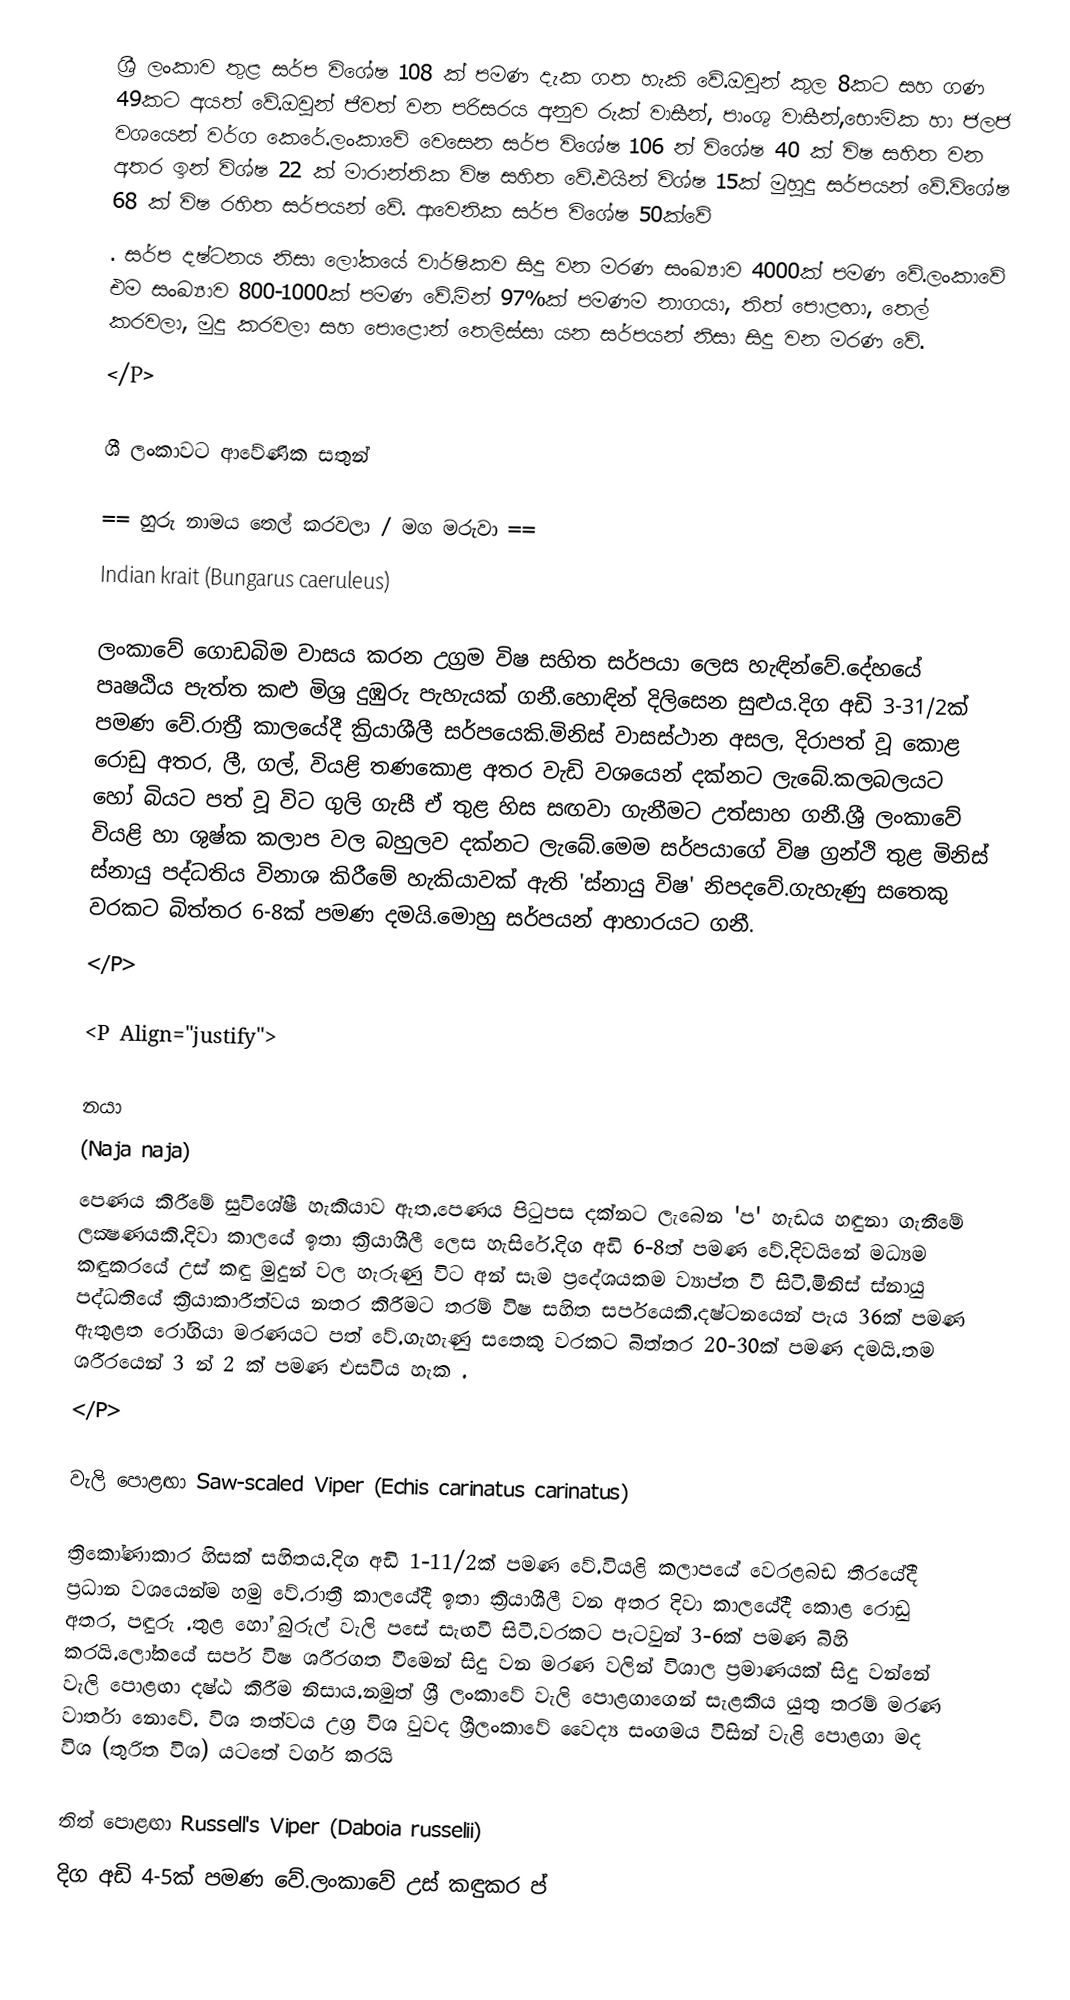
ශ්‍රී ලංකාව තුළ සර්ප විශේෂ 108 ක් පමණ දැක ගත හැකි වේ.ඔවුන් කුල 8කට සහ ගණ 49කට අයත් වේ.ඔවුන් ජීවත් වන පරිසරය අනුව රුක් වාසීන්, පාංශු වාසීන්,භෞමික හා ජලජ වශයෙන් වර්ග කෙරේ.ලංකාවේ වෙසෙන සර්ප විශේෂ 106 න් විශේෂ 40 ක් විෂ සහිත වන අතර ඉන් විශ්ෂ 22 ක් මාරාන්තික විෂ සහිත වේ.එයින් විශ්ෂ 15ක් මුහුදු සර්පයන් වේ.විශේෂ 68 ක් විෂ රහිත සර්පයන් වේ. ආවෙනික සර්ප විශේෂ 50ක්වේ
. සර්ප දෂ්ටනය නිසා ලෝකයේ වාර්ෂිකව සිදු වන මරණ සංඛ්‍යාව 4000ක් පමණ වේ.ලංකාවේ එම සංඛ්‍යාව 800-1000ක් පමණ වේ.මින් 97%ක් පමණම නාගයා, තිත් පොළඟා, තෙල් කරවලා, මුදු කරවලා සහ පොළොන් තෙලිස්සා යන සර්පයන් නිසා සිදු වන මරණ වේ.
</P>

ශී ලංකාවට ආවේණික සතුන්

== හුරු නාමය තෙල් කරවලා / මග මරුවා ==
Indian krait (Bungarus caeruleus)

		ලංකාවේ ගොඩබිම වාසය කරන උග්‍රම විෂ සහිත සර්පයා ලෙස හැඳින්වේ.දේහයේ පෘෂඨිය පැත්ත කළු මිශ්‍ර දුඹුරු පැහැයක් ගනී.හොඳින් දිලිසෙන සුළුය.දිග අඩි 3-31/2ක් පමණ වේ.රාත්‍රී කාලයේදී ක්‍රියාශීලී සර්පයෙකි.මිනිස් වාසස්ථාන අසල, දිරාපත් වූ කොළ රොඩු අතර, ලී, ගල්, වියළි තණකොළ අතර වැඩි වශයෙන් දක්නට ලැබේ.කලබලයට හෝ බියට පත් වූ විට ගුලි ගැසී ඒ තුළ හිස සඟවා ගැනීමට උත්සාහ ගනී.ශ්‍රී ලංකාවේ වියළි හා ශුෂ්ක කලාප වල බහුලව දක්නට ලැබේ.මෙම සර්පයාගේ විෂ ග්‍රන්ථි තුළ මිනිස් ස්නායු පද්ධතිය විනාශ කිරීමේ හැකියාවක් ඇති 'ස්නායු විෂ' නිපදවේ.ගැහැණු සතෙකු වරකට බිත්තර 6-8ක් පමණ දමයි.මොහු සර්පයන් ආහාරයට ගනී.
</P>

<P Align="justify">

නයා
(Naja naja)
පෙණය කිරීමේ සුවිශේෂී හැකියාව ඇත.පෙණය පිටුපස දක්නට ලැබෙන 'ප' හැඩය හඳුනා ගැනීමේ ලක්‍ෂණයකි.දිවා කාලයේ ඉතා ක්‍රියාශීලී ලෙස හැසිරේ.දිග අඩි 6-8ත් පමණ වේ.දිවයිනේ මධ්‍යම කඳුකරයේ උස් කඳු මුදුන් වල හැරුණු විට අන් සෑම ප්‍රදේශයකම ව්‍යාප්ත වී සිටී.මිනිස් ස්නායු පද්ධතියේ ක්‍රියාකාරීත්වය නතර කිරීමට තරම් විෂ සහිත සර්පයෙකි.දෂ්ටනයෙන් පැය 36ක් පමණ ඇතුළත රෝගියා මරණයට පත් වේ.ගැහැණු සතෙකු වරකට බිත්තර 20-30ක් පමණ දමයි.තම ශරීරයෙන් 3 න් 2 ක් පමණ එසවිය හැක .
</P>

 වැලි පොළඟා Saw-scaled Viper (Echis carinatus carinatus)

		ත්‍රිකෝණාකාර හිසක් සහිතය.දිග අඩි 1-11/2ක් පමණ වේ.වියළි කලාපයේ වෙරළබඩ තීරයේදී ප්‍රධාන වශයෙන්ම හමු වේ.රාත්‍රී කාලයේදී ඉතා ක්‍රියාශීලී වන අතර දිවා කාලයේදී කොළ රොඩු අතර, පඳුරු .තුළ හෝ බුරුල් වැලි පසේ සැඟවී සිටී.වරකට පැටවුන් 3-6ක් පමණ බිහි කරයි.ලෝකයේ සර්ප විෂ ශරීරගත වීමෙන් සිදු වන මරණ වලින් විශාල ප්‍රමාණයක් සිදු වන්නේ  වැලි පොළඟා දෂ්ඨ කිරීම නිසාය.නමුත් ශ්‍රී ලංකාවේ වැලි පොළගාගෙන් සැළකිය යුතු තරම් මරණ වාර්තා නොවේ. විශ තත්වය උග්‍ර විශ වුවද ශ්‍රීලංකාවේ වෛද්‍ය සංගමය විසින් වැළි පොළගා මද විශ (තුරිත විශ) යටතේ වර්ග කරයි

 තිත් පොළඟා Russell's Viper (Daboia russelii)
		දිග අඩි 4-5ක් පමණ වේ.ලංකාවේ උස් කඳුකර ප්‍